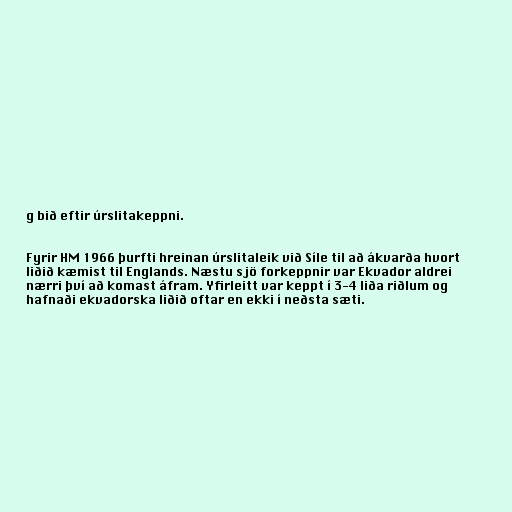
g bið eftir úrslitakeppni.

Fyrir HM 1966 þurfti hreinan úrslitaleik við Síle til að ákvarða hvort
liðið kæmist til Englands. Næstu sjö forkeppnir var Ekvador aldrei
nærri því að komast áfram. Yfirleitt var keppt í 3-4 liða riðlum og
hafnaði ekvadorska liðið oftar en ekki í neðsta sæti.